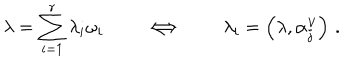
\lambda = \sum _ { i = 1 } ^ { r } \lambda _ { i } \omega _ { i } \qquad \Longleftrightarrow \qquad \lambda _ { i } = \left( \lambda , \alpha _ { j } ^ { \vee } \right) \, .